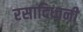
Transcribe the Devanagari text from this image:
रसादिध्वनी